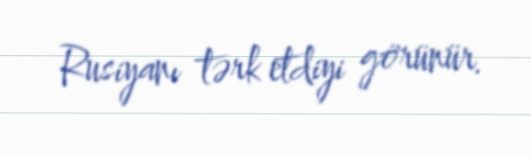
Rusiyanı tərk etdiyi görünür.